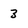
Character: 3